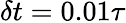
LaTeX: \delta t=0.01\tau